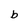
Character: b